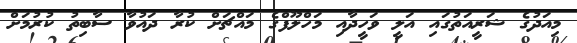
މިއަދުގެ ޝަރީއަތުގައި އަލީ ވަހީދާއި މަހްލޫފްގެ މައްޗަށް ކުރާ ދައުވާ ސާބިތު ކުރުމަށް